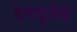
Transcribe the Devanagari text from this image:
देवपूजेने